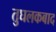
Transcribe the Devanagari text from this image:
तुघलकबाद